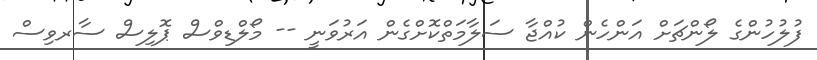
ފުލުހުންގެ ލޯންޗަށް އަންހެން ކުއްޖާ ސަލާމަތްކޮށްގެން އަރުވަނީ -- މޯލްޑިވްސް ޕޮލިސް ސާރވިސް